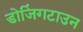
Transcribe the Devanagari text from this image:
डोजिंगटाउन